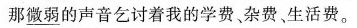
那\underline{微弱}的声音乞讨着我的学费杂费、生活费。